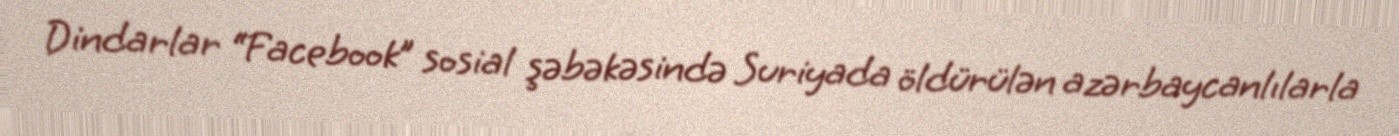
Dindarlar “Facebook” sosial şəbəkəsində Suriyada öldürülən azərbaycanlılarla